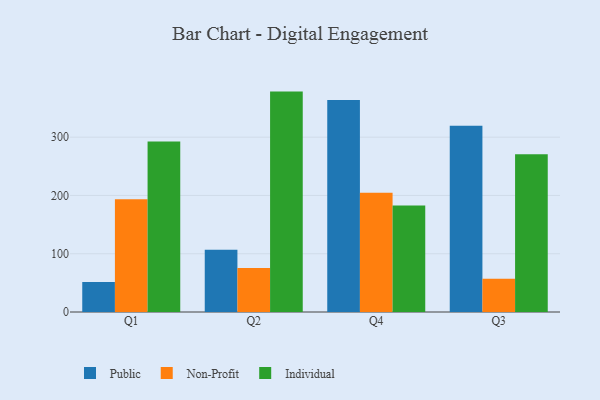
{"axis": {"x": "Quarter", "y": "Customer Acquisition Cost (USD)"}, "legend": ["Individual", "Non-Profit", "Public"], "data": [{"x": "Q1", "y": 51.5, "type": "Public"}, {"x": "Q1", "y": 193.5, "type": "Non-Profit"}, {"x": "Q1", "y": 292.6, "type": "Individual"}, {"x": "Q2", "y": 107.0, "type": "Public"}, {"x": "Q2", "y": 75.6, "type": "Non-Profit"}, {"x": "Q2", "y": 378.2, "type": "Individual"}, {"x": "Q4", "y": 363.7, "type": "Public"}, {"x": "Q4", "y": 204.7, "type": "Non-Profit"}, {"x": "Q4", "y": 182.8, "type": "Individual"}, {"x": "Q3", "y": 319.5, "type": "Public"}, {"x": "Q3", "y": 57.1, "type": "Non-Profit"}, {"x": "Q3", "y": 270.7, "type": "Individual"}]}